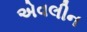
એવલીન